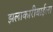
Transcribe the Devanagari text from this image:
झलाकारीबाईला